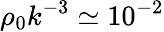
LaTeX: \rho_{0}k^{-3}\simeq 10^{-2}